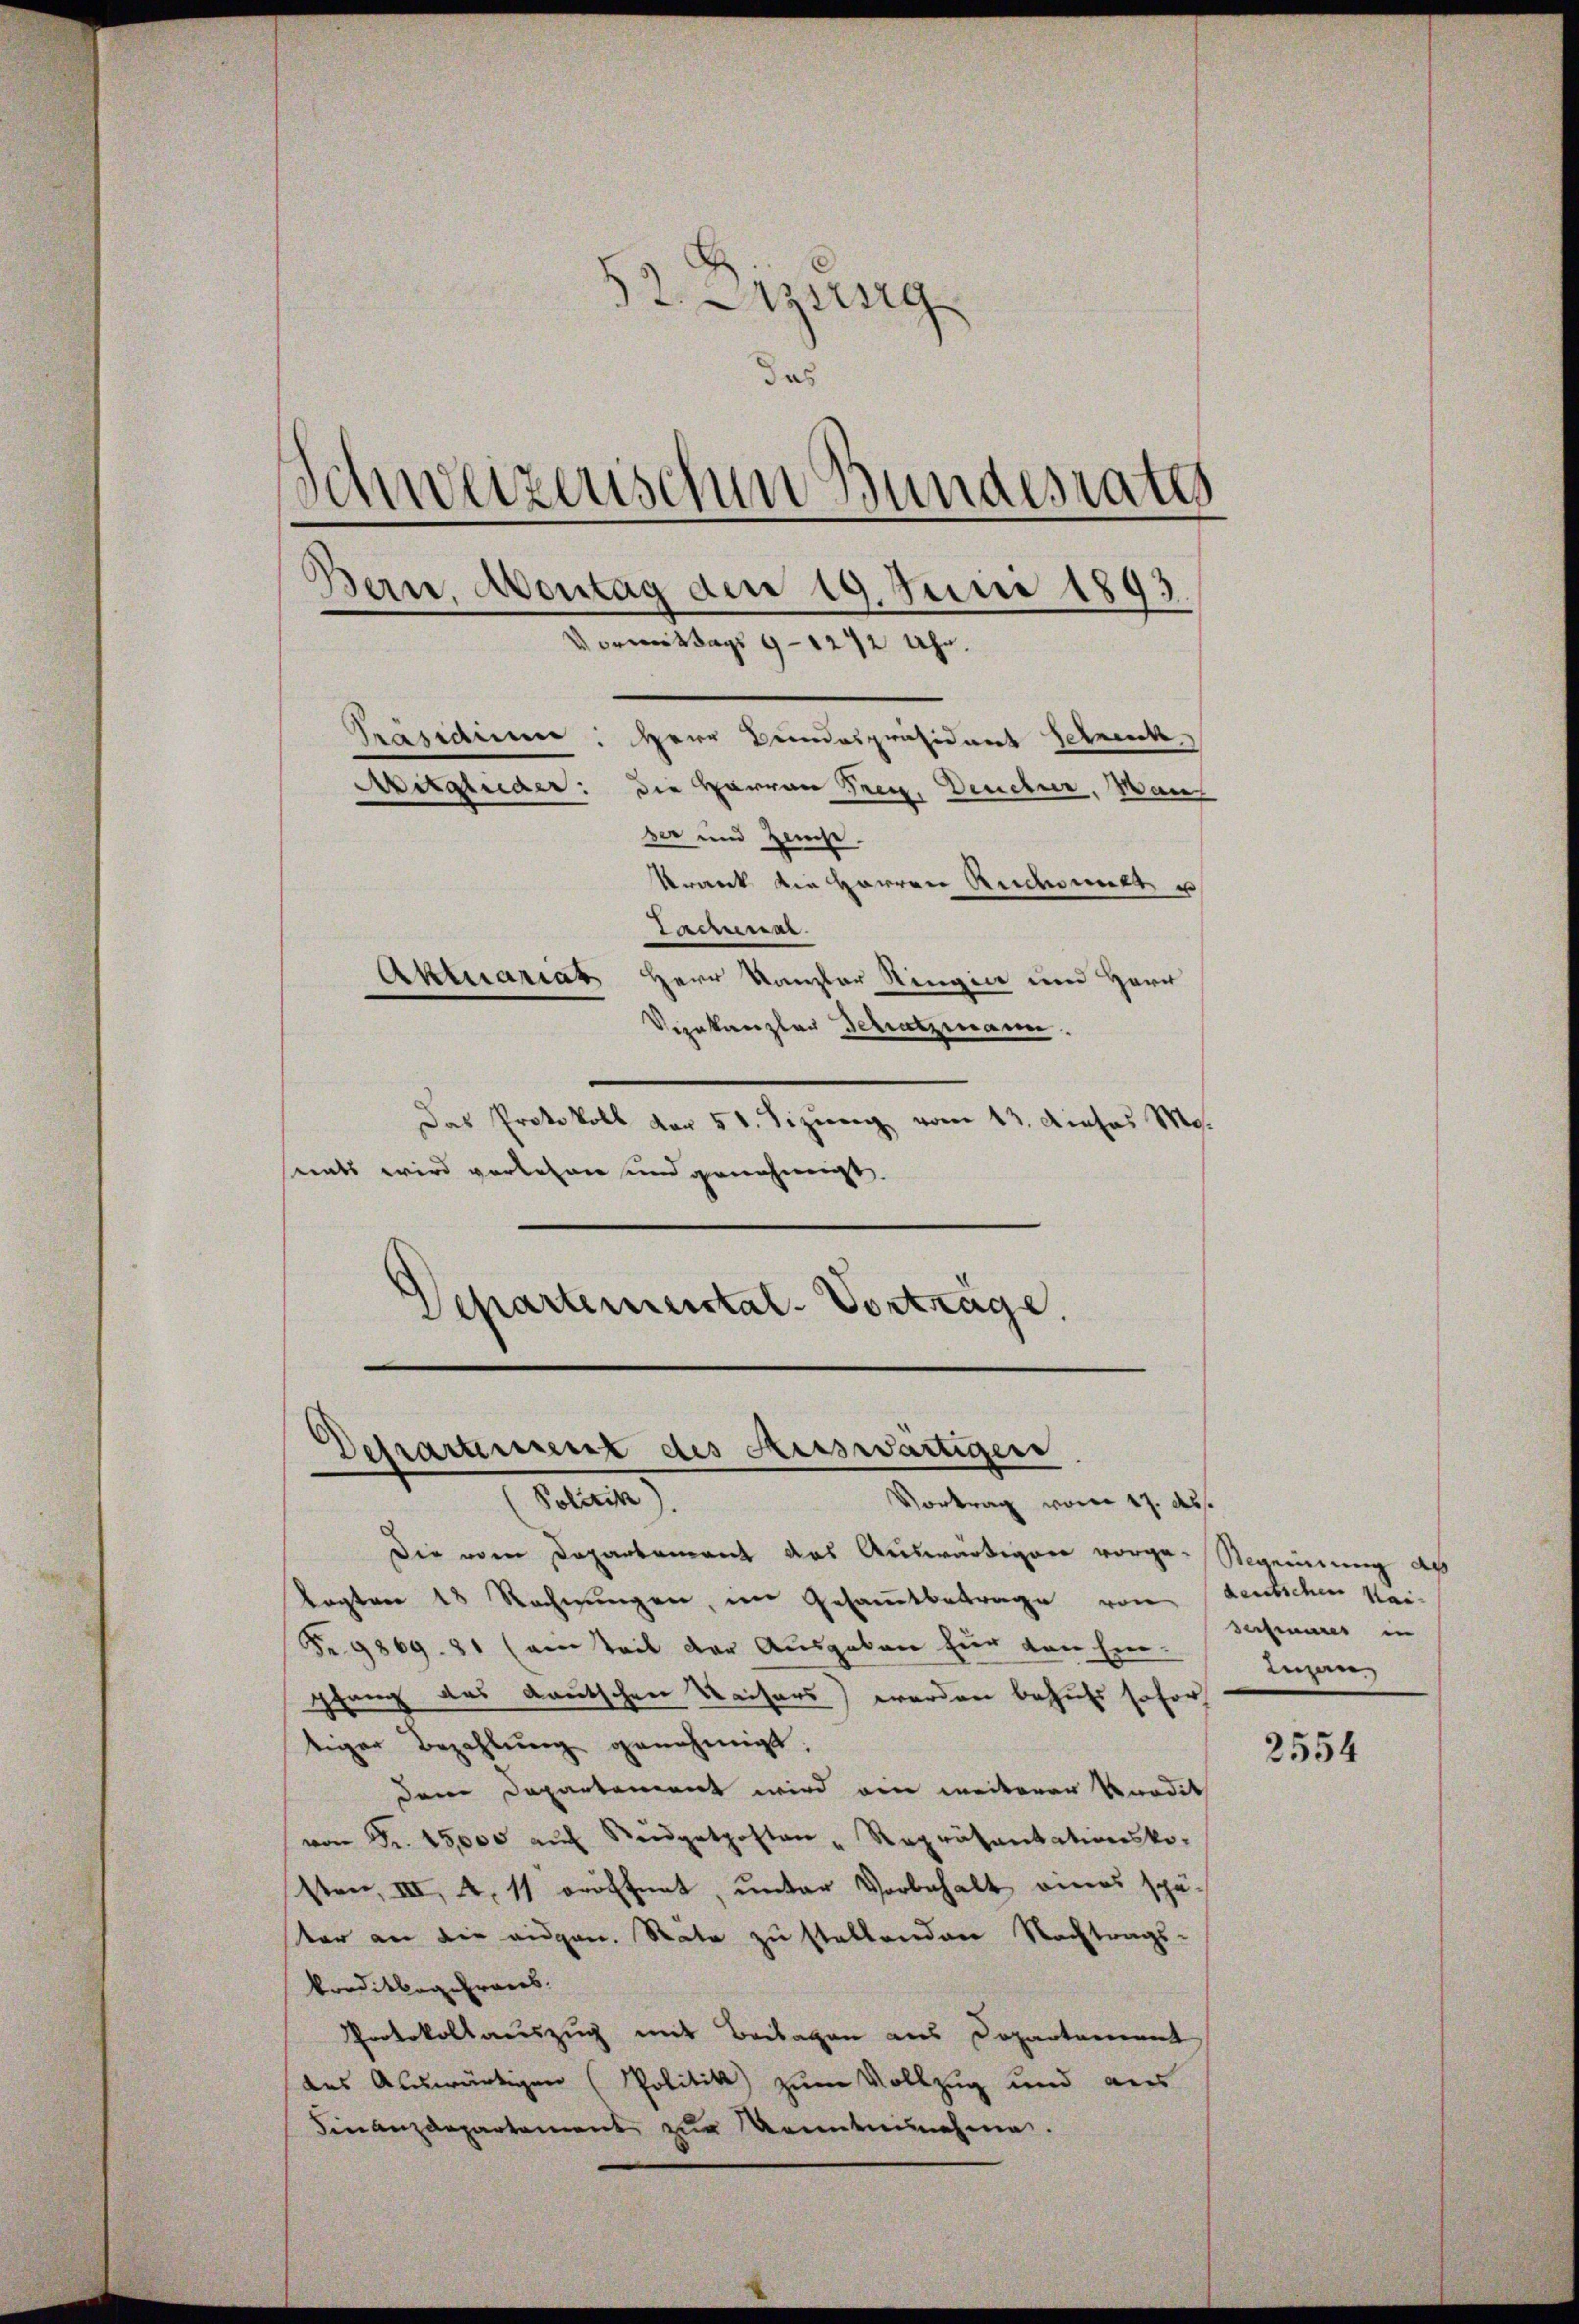
52. Aprig
das
Schweizerischen Bundesrath
Präsidium. Herr Bundespräsident Schreck
Mitglieder: die Herren Frey. Denetur, Manz
ber und Zweise.
Stranck die Herren Rechnitt u
Tammenar.
Aktuariat Herr Kanzler Ringin und Herr
Virakanzler Schatzmann.

Das Protokoll vor 51. Sizung vom 13. dieses Mo.
nats wird verlehren und genehmigt.
artemental-Vorträge.
e

Bern, Abontag den 19. Juni 1893
Vormittags 9–1272 Uhr.

Derartient des Auswärtigen
(Politik
Vortrag vom 17. ds.

Die vom Departement das Auswärtiger vorge-Regennung au
lagten 18 Rechnungen, im Gesamtbetrage von deutschen Hei¬
Fr. 9869. 81 (ein Teil der Ausgaben zur von Einpfang des deutschen Keisers) werden behufs sofo
tiger Bezahlŭng genehmigt.
dem Departement wird ein weiterer Voradit
von Fr. 15,000 aŭf Steidgetposten - Repräsentationsko-
sten, III, 4. 11 eröffnet, unter Vorbehalt eines spätar an die augen. Räte zu stellenden Nachtrags-
kreditbog Eraces.
Protokollauszug mit Beilagen aus Departement
des Auswärtigen (Politik zum Vollzug und aus
Finanzdepartement zur Kenntennahme.

derheures in
Inzan

2554